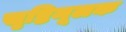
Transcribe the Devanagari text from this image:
सृष्टिमूलक